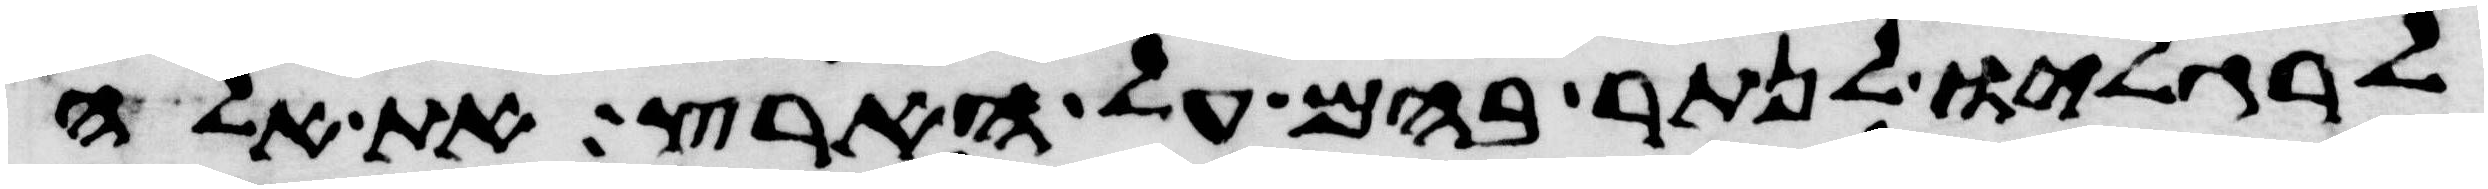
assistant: לרגליו לנתר בהם על הארץ את אלה